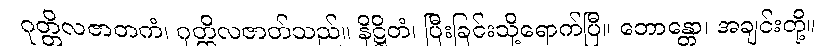
ဂုတ္တိလဇာတကံ၊ ဂုတ္တိလဇာတ်သည်။ နိဋ္ဌိတံ၊ ပြီးခြင်းသို့ရောက်ပြီ။ ဘောန္တော၊ အချင်းတို့။